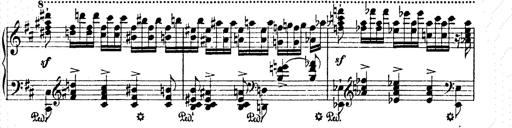
Title: AnnÃ©es de pÃ¨lerinage II
Composer: Franz Liszt